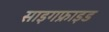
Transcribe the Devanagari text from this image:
साइगफ्राइड